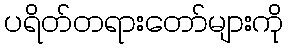
ပရိတ်တရားတော်များကို